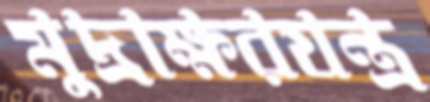
মুদ্রাক্ষরযন্ত্র